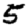
Digit: 5